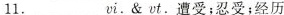
11.______vi.&vt.遭受；忍受；经历